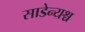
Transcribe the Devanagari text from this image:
साडेन्यश्च